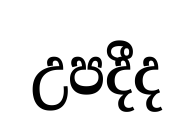
උපදීද